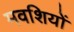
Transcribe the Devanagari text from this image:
मवशियों